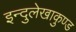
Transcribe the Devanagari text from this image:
इन्दुलेखाकुण्ड